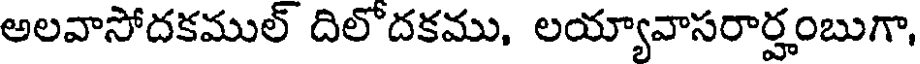
అలవాసోదకముల్ దిలొదకము, లయ్యావాసరార్హంబుగా,